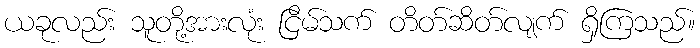
ယခုလည်း သူတို့အားလုံး ငြိမ်သက် တိတ်ဆိတ်လျက် ရှိကြသည်။